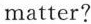
matter?